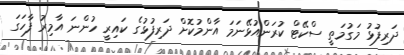
ދަރިފުޅު މަގުމަތީ ސްކޭޓް ކުރަންއުޅޭނަމަ އާންމުކޮށް ދަރިފުޅުގެ ކައިރީ ހުންނަ އާމިރު ފާހަގަ